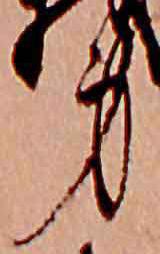
身